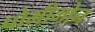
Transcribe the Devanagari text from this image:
पोमीमोन